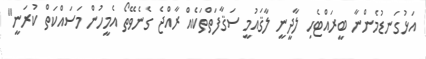
އަޅުގަނޑުމެންނާ ބީރައްޓެހި ލާދީނީ ލާޤައުމީ ސަޤާފަތްތަކެއް ރާއްޖެ ގެނެވޭތޯ އެމީހުން މަސައްކަތް ކުރަނީ"